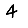
Digit: 4